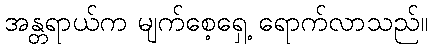
အန္တရာယ်က မျက်စေ့ရှေ့ ရောက်လာသည်။